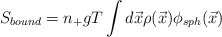
\begin{align*}S_{bound}=n_+ gT \int d{\vec x} \rho({\vec x}) \phi_{sph}({\vec x})\end{align*}